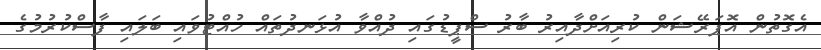
އެގޮތުން އޮޕަރޭޝަން ކުރިއަށްދާއިރު ބާރު ސްޕީޑުގައި ދުއްވާ އުޅަނދުތައް ހުއްޓުވައި ބަލައި ފާސްކުރުމުގެ